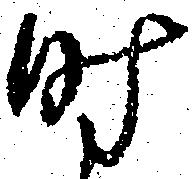
時